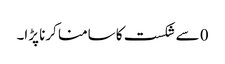
0 سے شکست کا سامنا کرنا پڑا۔